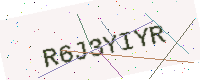
Text: R6J3YIYR